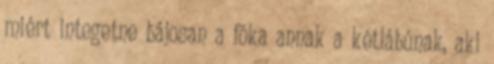
miért integetne bájosan a fóka annak a kétlábúnak, aki